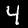
Digit: 4